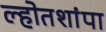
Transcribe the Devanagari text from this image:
ल्होतशांपा